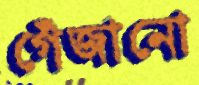
গেঁজানো